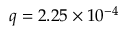
q = 2 . 2 5 \times 1 0 ^ { - 4 }